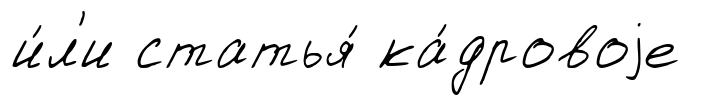
и́л'и статья́ ка́дровоjе